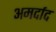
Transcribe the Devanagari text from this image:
अमर्दाद